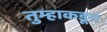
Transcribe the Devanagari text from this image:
तुम्हाकडून